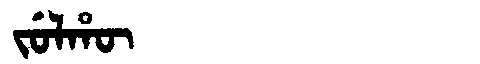
Manchu: ᠵᡠᠯᡥᡡ
Romanization: JULHŪ